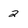
Character: 2